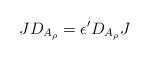
LaTeX: \begin{align*}JD_{A_\rho} = \epsilon' D_{A_\rho} J\end{align*}